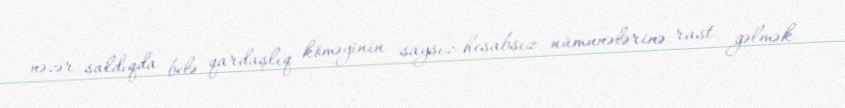
nəzər saldıqda belə qardaşlıq köməyinin saysız-hesabsız nümunələrinə rast gəlmək